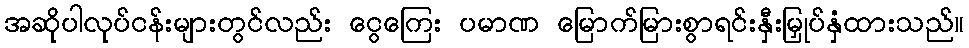
အဆိုပါလုပ်ငန်းများတွင်လည်း ငွေကြေး ပမာဏ မြောက်မြားစွာရင်းနှီးမြှုပ်နှံထားသည်။